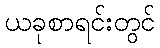
ယခုစာရင်းတွင်